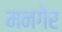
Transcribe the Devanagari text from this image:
मनगेर